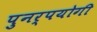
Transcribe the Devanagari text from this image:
पुनर्पयोगी